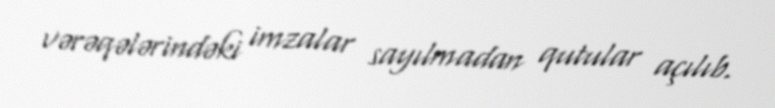
vərəqələrindəki imzalar sayılmadan qutular açılıb.